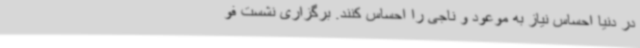
در دنیا احساس نیاز به موعود و ناجی را احساس کنند. برگزاری نشست فو